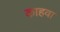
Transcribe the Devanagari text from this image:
काहवा